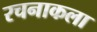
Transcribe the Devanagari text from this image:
रचनाकला